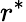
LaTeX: r^{\ast}